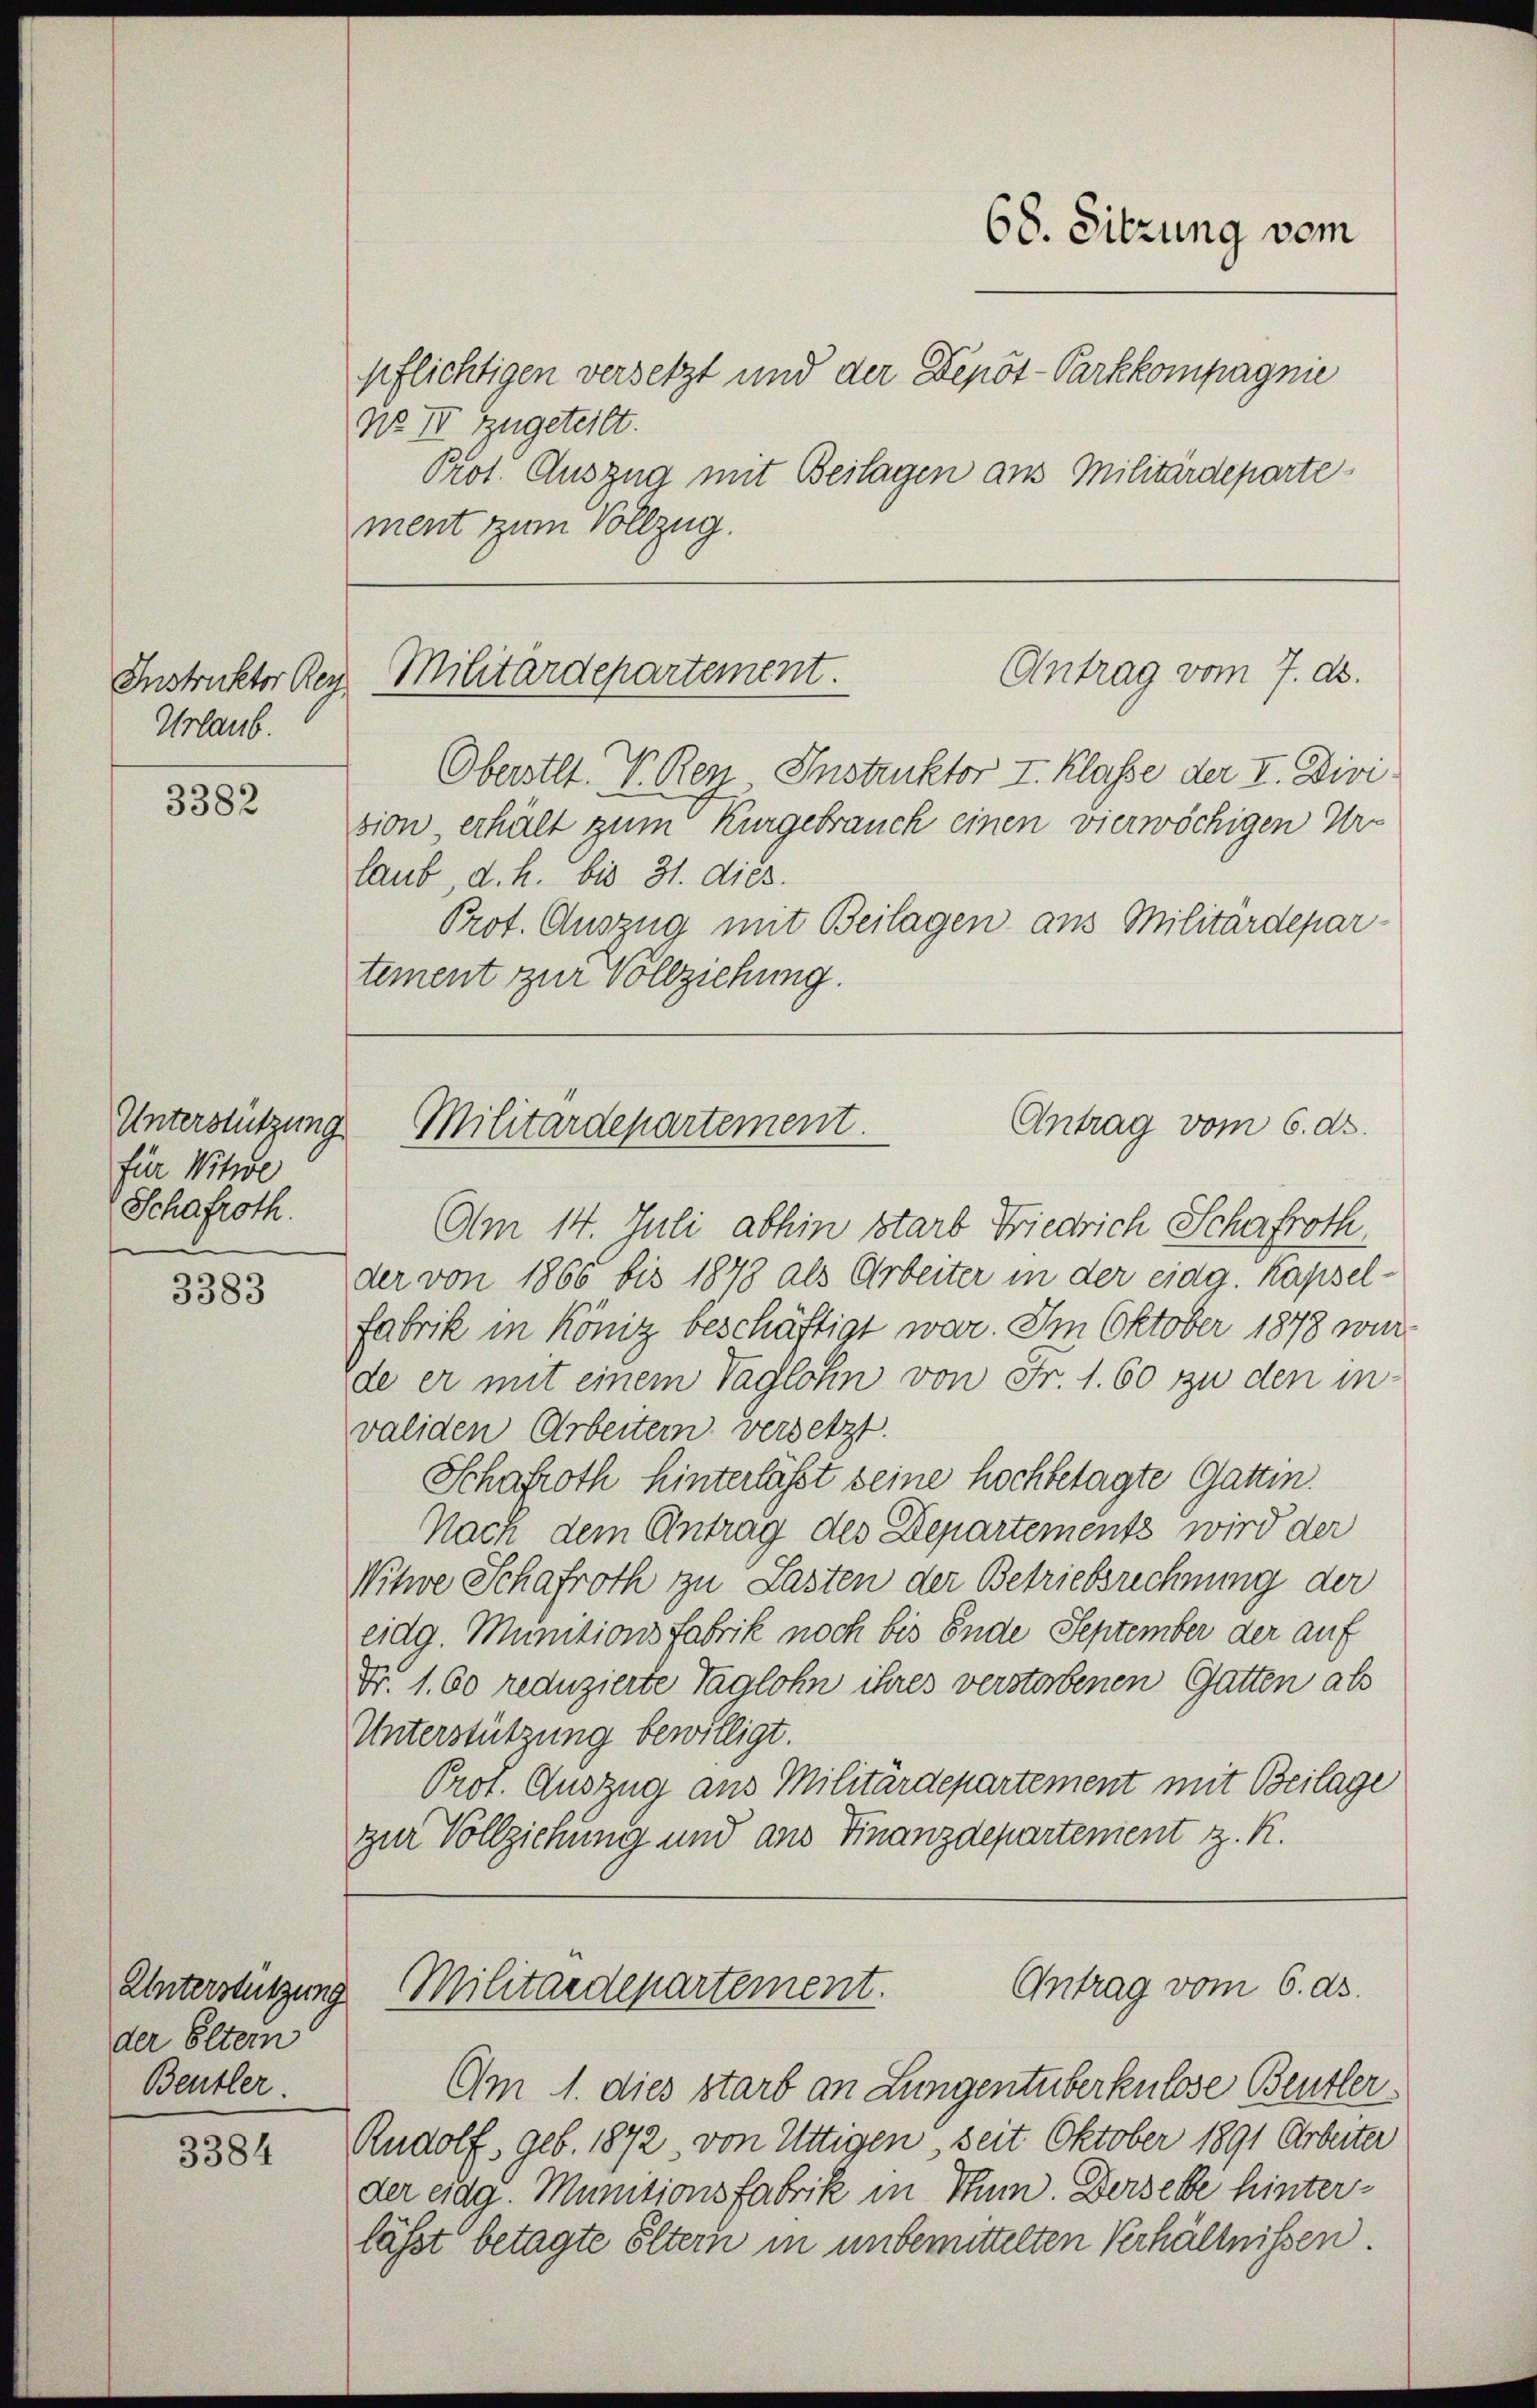
Instruktor Rez
Urlaub.

3382

für Witwe
Schaftoth.

3383

Unterstützung
der Eltern
Beusler.

3384

pflichtigen versetzt und der Depot-Parkkompagnie
No II zugeteilt.
Prot. Auszug mit Beilagen aus Militärdeparte
ment zum Vollzug.

68. Sitzung vom

Antrag vom 7. ds.
Militärdepartement.

Oberstet. V. Ren Instruktor I. Klasse der I. Divi
sion erhält zum Kurgebrauch einen vierwöchigen Ur-
laub, d. h. bis 31. dies
Prot. Auszug mit Beilagen aus Militärdepar
tement zur Vollziehung.

Antrag vom 6. ds.
Unterstützung Militärdepartement.

Am 14. Juli abhin starb Friedrich Schafroth,
der von 1866 bis 1848 als Arbeiter in der eidg. Kapselfabrik in König beschäftigt war. Im Oktober 1878 wurde er mit einem Taglohn von Fr. 1. 60 zu den invaliden Arbeitern versetzt.
Schafroth hinterlässt seine hochbetagte Gattin.
Nach dem Antrag des Departements wird der
Witwe Schafroth zu Lasten der Betriebsrechnung der
eidg. Munitionsfabrik noch bis Ende September der auf
Fr. 1. 60 reduzierte Taglohn ihres verstorbenen Gatten als
Unterstützung bewilligt.
Prot. Auszug aus Militärdepartement mit Beilage
zur Vollziehung und aus Finanzdepartement z. R.

Antrag vom 6. ds.
Militärdepartement.

Am 1. dies starb an Lungentüberkulose Bentler
Rudolf, geb. 1872 von Uttigen seit Oktober 1891 Arbeiter
der eidg. Munitionsfabrik in Thun. Derselbe hinterlässt betagte Eltern in unbemittelten Verhältnissen.